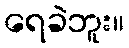
ရေခဲဘူး။